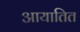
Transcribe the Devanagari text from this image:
आयातित